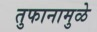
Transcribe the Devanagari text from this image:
तुफानामुळे